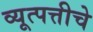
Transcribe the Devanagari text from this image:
व्यूत्पत्तीचे